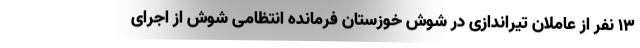
۱۳ نفر از عاملان تیراندازی در شوش خوزستان فرمانده انتظامی شوش از اجرای